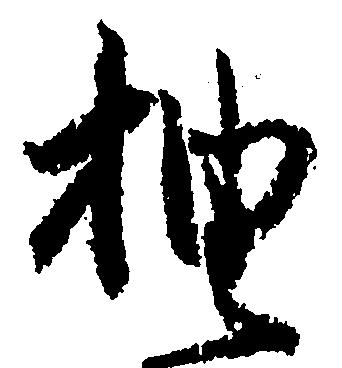
抽